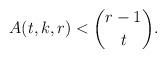
LaTeX: \begin{align*}A(t,k,r)< \binom{r-1}{t}.\end{align*}